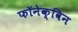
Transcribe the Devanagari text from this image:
फॉनेक्विन